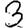
Digit: 3